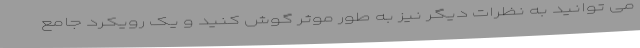
می توانید به نظرات دیگر نیز به طور موثر گوش کنید و یک رویکرد جامع